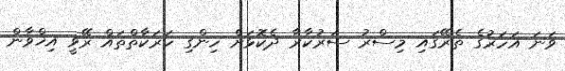
ވަނަ އަހަރުގެ ތެރޭގައި މިސްރު ސަރުކާރާ ދެކޮޅަށް ހިންގި ހަރަކާތްތައް ރޭވީ އިޚްވާން